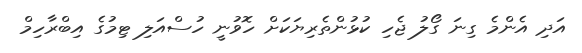
އަދި އެންމެ ގިނަ ގޯލު ޖެހި ކުޅުންތެރިޔަކަށް ހޮވުނީ ހުސްއަލި ޓިމުގެ އިބްރާހިމް